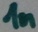
Text: 1n